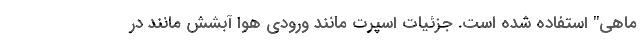
ماهی" استفاده شده است. جزئیات اسپرت مانند ورودی هوا آبشش مانند در